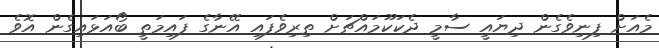
މެއަށް ފިނިވެގެން ދިޔައީ ސާމީ ދެކަކޫމައްޗަށް ތިރިވެފައި އޭނާގެ ފައިމަތީ ބޯއަޅައިގެން އޮވެ